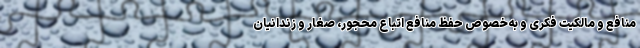
منافع و مالکیت فکری و به‌خصوص حفظ منافع اتباع محجور، صغار و زندانیان